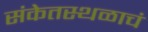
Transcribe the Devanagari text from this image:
संकेतस्थळाचं